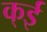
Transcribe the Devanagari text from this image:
क्ई